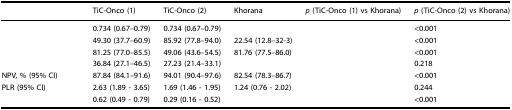
<table><thead><tr><td>[EMPTY_CELL]</td><td><b>TiC-Onco (1)</b></td><td><b>TiC-Onco (2)</b></td><td><b>Khorana</b></td><td><b><i>p</i> (TiC-Onco (1) vs Khorana)</b></td><td><b><i>p</i> (TiC-Onco (2) vs Khorana)</b></td></tr></thead><tbody><tr><td>[EMPTY_CELL]</td><td>0.734 (0.67–0.79)</td><td>0.734 (0.67–0.79)</td><td>[EMPTY_CELL]</td><td>[EMPTY_CELL]</td><td>&lt;0.001</td></tr><tr><td>[EMPTY_CELL]</td><td>49.30 (37.7–60.9)</td><td>85.92 (77.8–94.0)</td><td>22.54 (12.8–32-3)</td><td>[EMPTY_CELL]</td><td>&lt;0.001</td></tr><tr><td>[EMPTY_CELL]</td><td>81.25 (77.0–85.5)</td><td>49.06 (43.6–54.5)</td><td>81.76 (77.5–86.0)</td><td>[EMPTY_CELL]</td><td>&lt;0.001</td></tr><tr><td>[EMPTY_CELL]</td><td>36.84 (27.1–46.5)</td><td>27.23 (21.4–33.1)</td><td>[EMPTY_CELL]</td><td>[EMPTY_CELL]</td><td>0.218</td></tr><tr><td>NPV, % (95% CI)</td><td>87.84 (84.1–91.6)</td><td>94.01 (90.4–97.6)</td><td>82.54 (78.3–86.7)</td><td>[EMPTY_CELL]</td><td>&lt;0.001</td></tr><tr><td>PLR (95% CI)</td><td>2.63 (1.89 - 3.65)</td><td>1.69 (1.46 - 1.95)</td><td>1.24 (0.76 - 2.02)</td><td>[EMPTY_CELL]</td><td>0.244</td></tr><tr><td>[EMPTY_CELL]</td><td>0.62 (0.49 - 0.79)</td><td>0.29 (0.16 - 0.52)</td><td>[EMPTY_CELL]</td><td>[EMPTY_CELL]</td><td>&lt;0.001</td></tr></tbody></table>